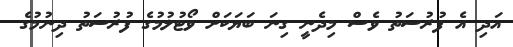
އަދި އެ ފުރުސަތު ވެސް މިދެނީ ގިނަ ބަޔަކަށް ވޯޓުލުމުގެ ފުރުސަތު ދިނުމުގެ